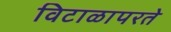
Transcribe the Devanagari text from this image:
विटाळापरते